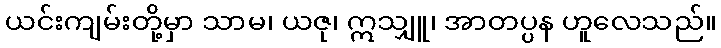
ယင်းကျမ်းတို့မှာ သာမ၊ ယဇု၊ ဣသျှူ၊ အာတပ္ပန ဟူလေသည်။